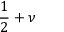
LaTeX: { \frac { 1 } { 2 } } + \nu